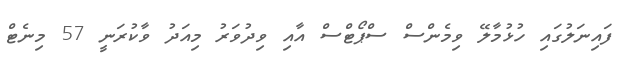
ފައިނަލުގައި ހުޅުމާލޭ ވިމެންސް ސްޕޯޓްސް އާއި ވިދުވަރު މިއަދު ވާކުރަނީ 57 މިނެޓް